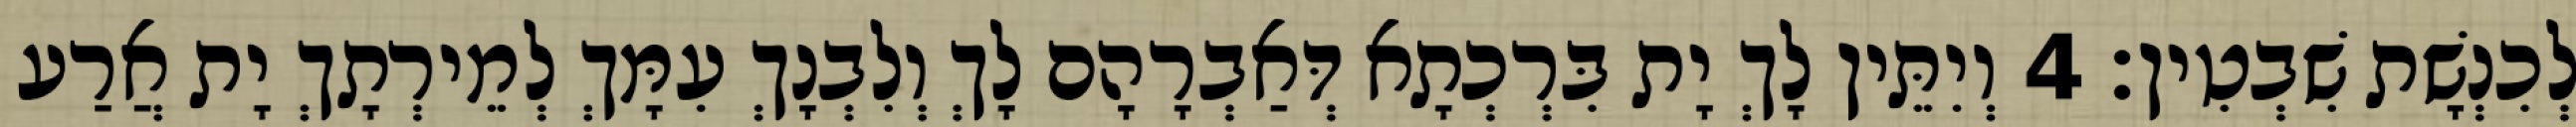
לְכִנְשָׁת שִׁבְטִין׃ 4 וְיִתֵּין לָךְ יָת בִּרְכְתָא דְּאַבְרָהָם לָךְ וְלִבְנָךְ עִמָּךְ לְמֵירְתָךְ יָת אֲרַע